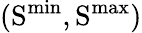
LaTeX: \mathrm{(S^{min},S^{max})}